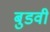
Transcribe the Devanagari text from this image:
बुडवी